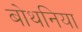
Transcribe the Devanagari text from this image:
बोथनिया